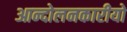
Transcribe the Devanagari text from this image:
आन्दोलनकारीयो